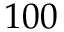
1 0 0